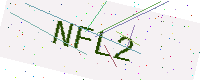
Text: NFL2